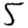
Digit: 5